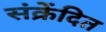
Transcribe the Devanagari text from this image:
संक्रेंदित